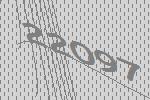
22097